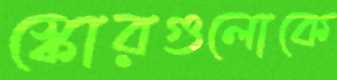
স্কোরগুলোকে